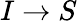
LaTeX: I\to S